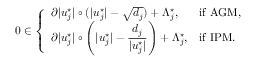
\begin{array} { r } { 0 \in \left\{ \begin{array} { l l } { \partial | u _ { j } ^ { \star } | \circ ( | u _ { j } ^ { \star } | - \sqrt { d _ { j } } ) + \Lambda _ { j } ^ { \star } , } & { \mathrm { i f ~ A G M } , } \\ { \partial | u _ { j } ^ { \star } | \circ \left( | u _ { j } ^ { \star } | - \displaystyle \frac { d _ { j } } { | u _ { j } ^ { \star } | } \right) + \Lambda _ { j } ^ { \star } , } & { \mathrm { i f ~ I P M . } } \end{array} \right. } \end{array}